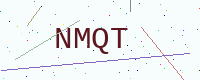
Text: NMQT